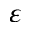
\varepsilon